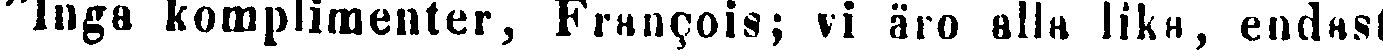
"Inga komplimenter, François; vi äro alla lika, endast